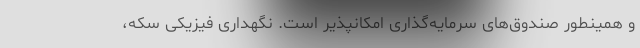
و همینطور صندوق‌های سرمایه‌گذاری امکانپذیر است. نگهداری فیزیکی سکه،